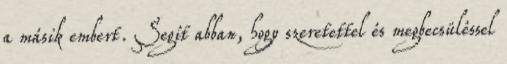
a másik embert. Segít abban, hogy szeretettel és megbecsüléssel